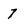
Character: 7